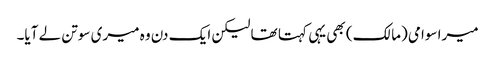
میرا سوامی (مالک) بھی یہی کہتا تھا لیکن ایک دن وہ میری سوتن لے آیا۔